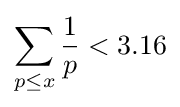
\sum _{p\leq x}{\frac {1}{p}}<3.16